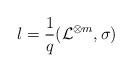
LaTeX: \begin{align*}l=\frac{1}{q}({\cal L}^{\otimes m},\sigma)\end{align*}